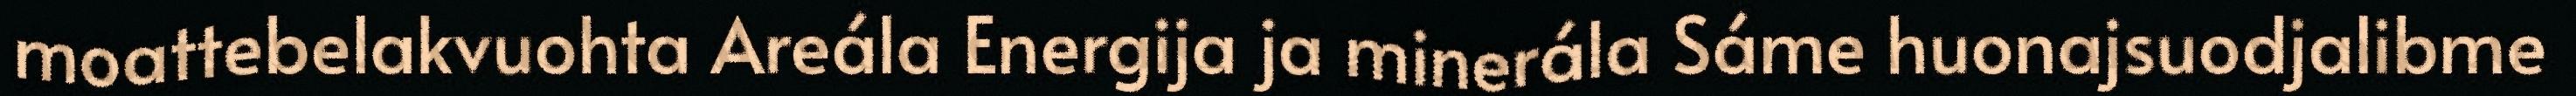
moattebelakvuohta Areála Energija ja minerála Sáme huonajsuodjalibme